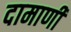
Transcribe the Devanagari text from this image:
दामाणी